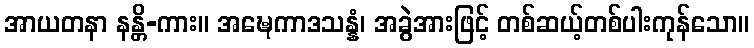
အာယတနာ နန္တိ-ကား။ အဍ္ဎေကာဒသန္နံ၊ အခွဲအားဖြင့် တစ်ဆယ့်တစ်ပါးကုန်သော။